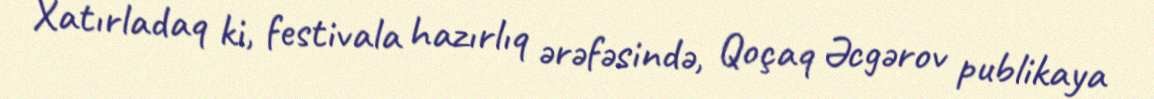
Xatırladaq ki, festivala hazırlıq ərəfəsində, Qoçaq Əcgərov publikaya